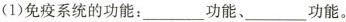
(1)免疫系统的功能：___功能、___功能。